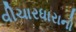
વીચારધારાનો